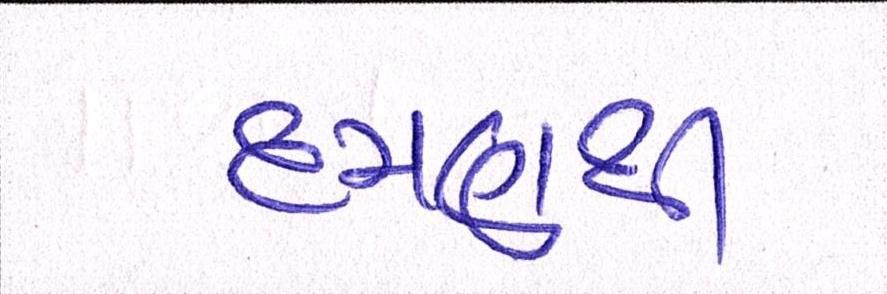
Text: દમણથી